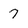
Character: 7